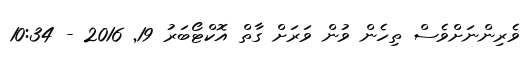
ވެރިންނަށްވެސް ތިހެން ވުން ވަރަށް ގާތް އޮކްޓޯބަރު 19